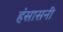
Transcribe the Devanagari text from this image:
हंसासनी